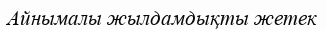
Айнымалы жылдамдықты жетек